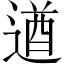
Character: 遒